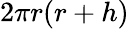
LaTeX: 2\pi r(r+h)\,